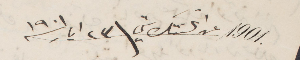
١٩٠١ عن اتلانتك ستي\٢٣ أيار ١٩٠١